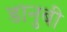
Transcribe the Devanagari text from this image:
डानुबी